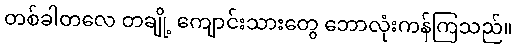
တစ်ခါတလေ တချို့ ကျောင်းသားတွေ ဘောလုံးကန်ကြသည်။